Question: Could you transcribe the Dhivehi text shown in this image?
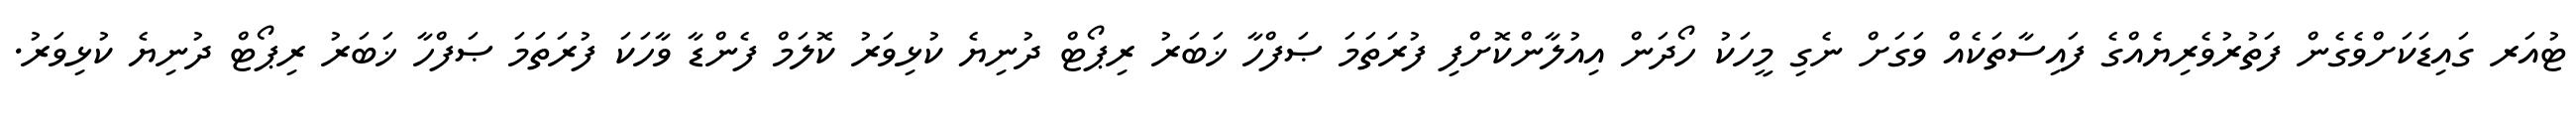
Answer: ޓުއަރ ގައިޑަކަށްވެގެން ފަތުރުވެރިޔެއްގެ ފައިސާތަކެއް ވަގަށް ނެގި މީހަކު ހޯދަން އިއުލާންކޮށްފި ފުރަތަމަ ޞަފްހާ ޚަބަރު ރިޕޯޓް ދުނިޔެ ކުޅިވަރު ކޮލަމް ފެންޑާ ވާހަކަ ފުރަތަމަ ޞަފްހާ ޚަބަރު ރިޕޯޓް ދުނިޔެ ކުޅިވަރު.